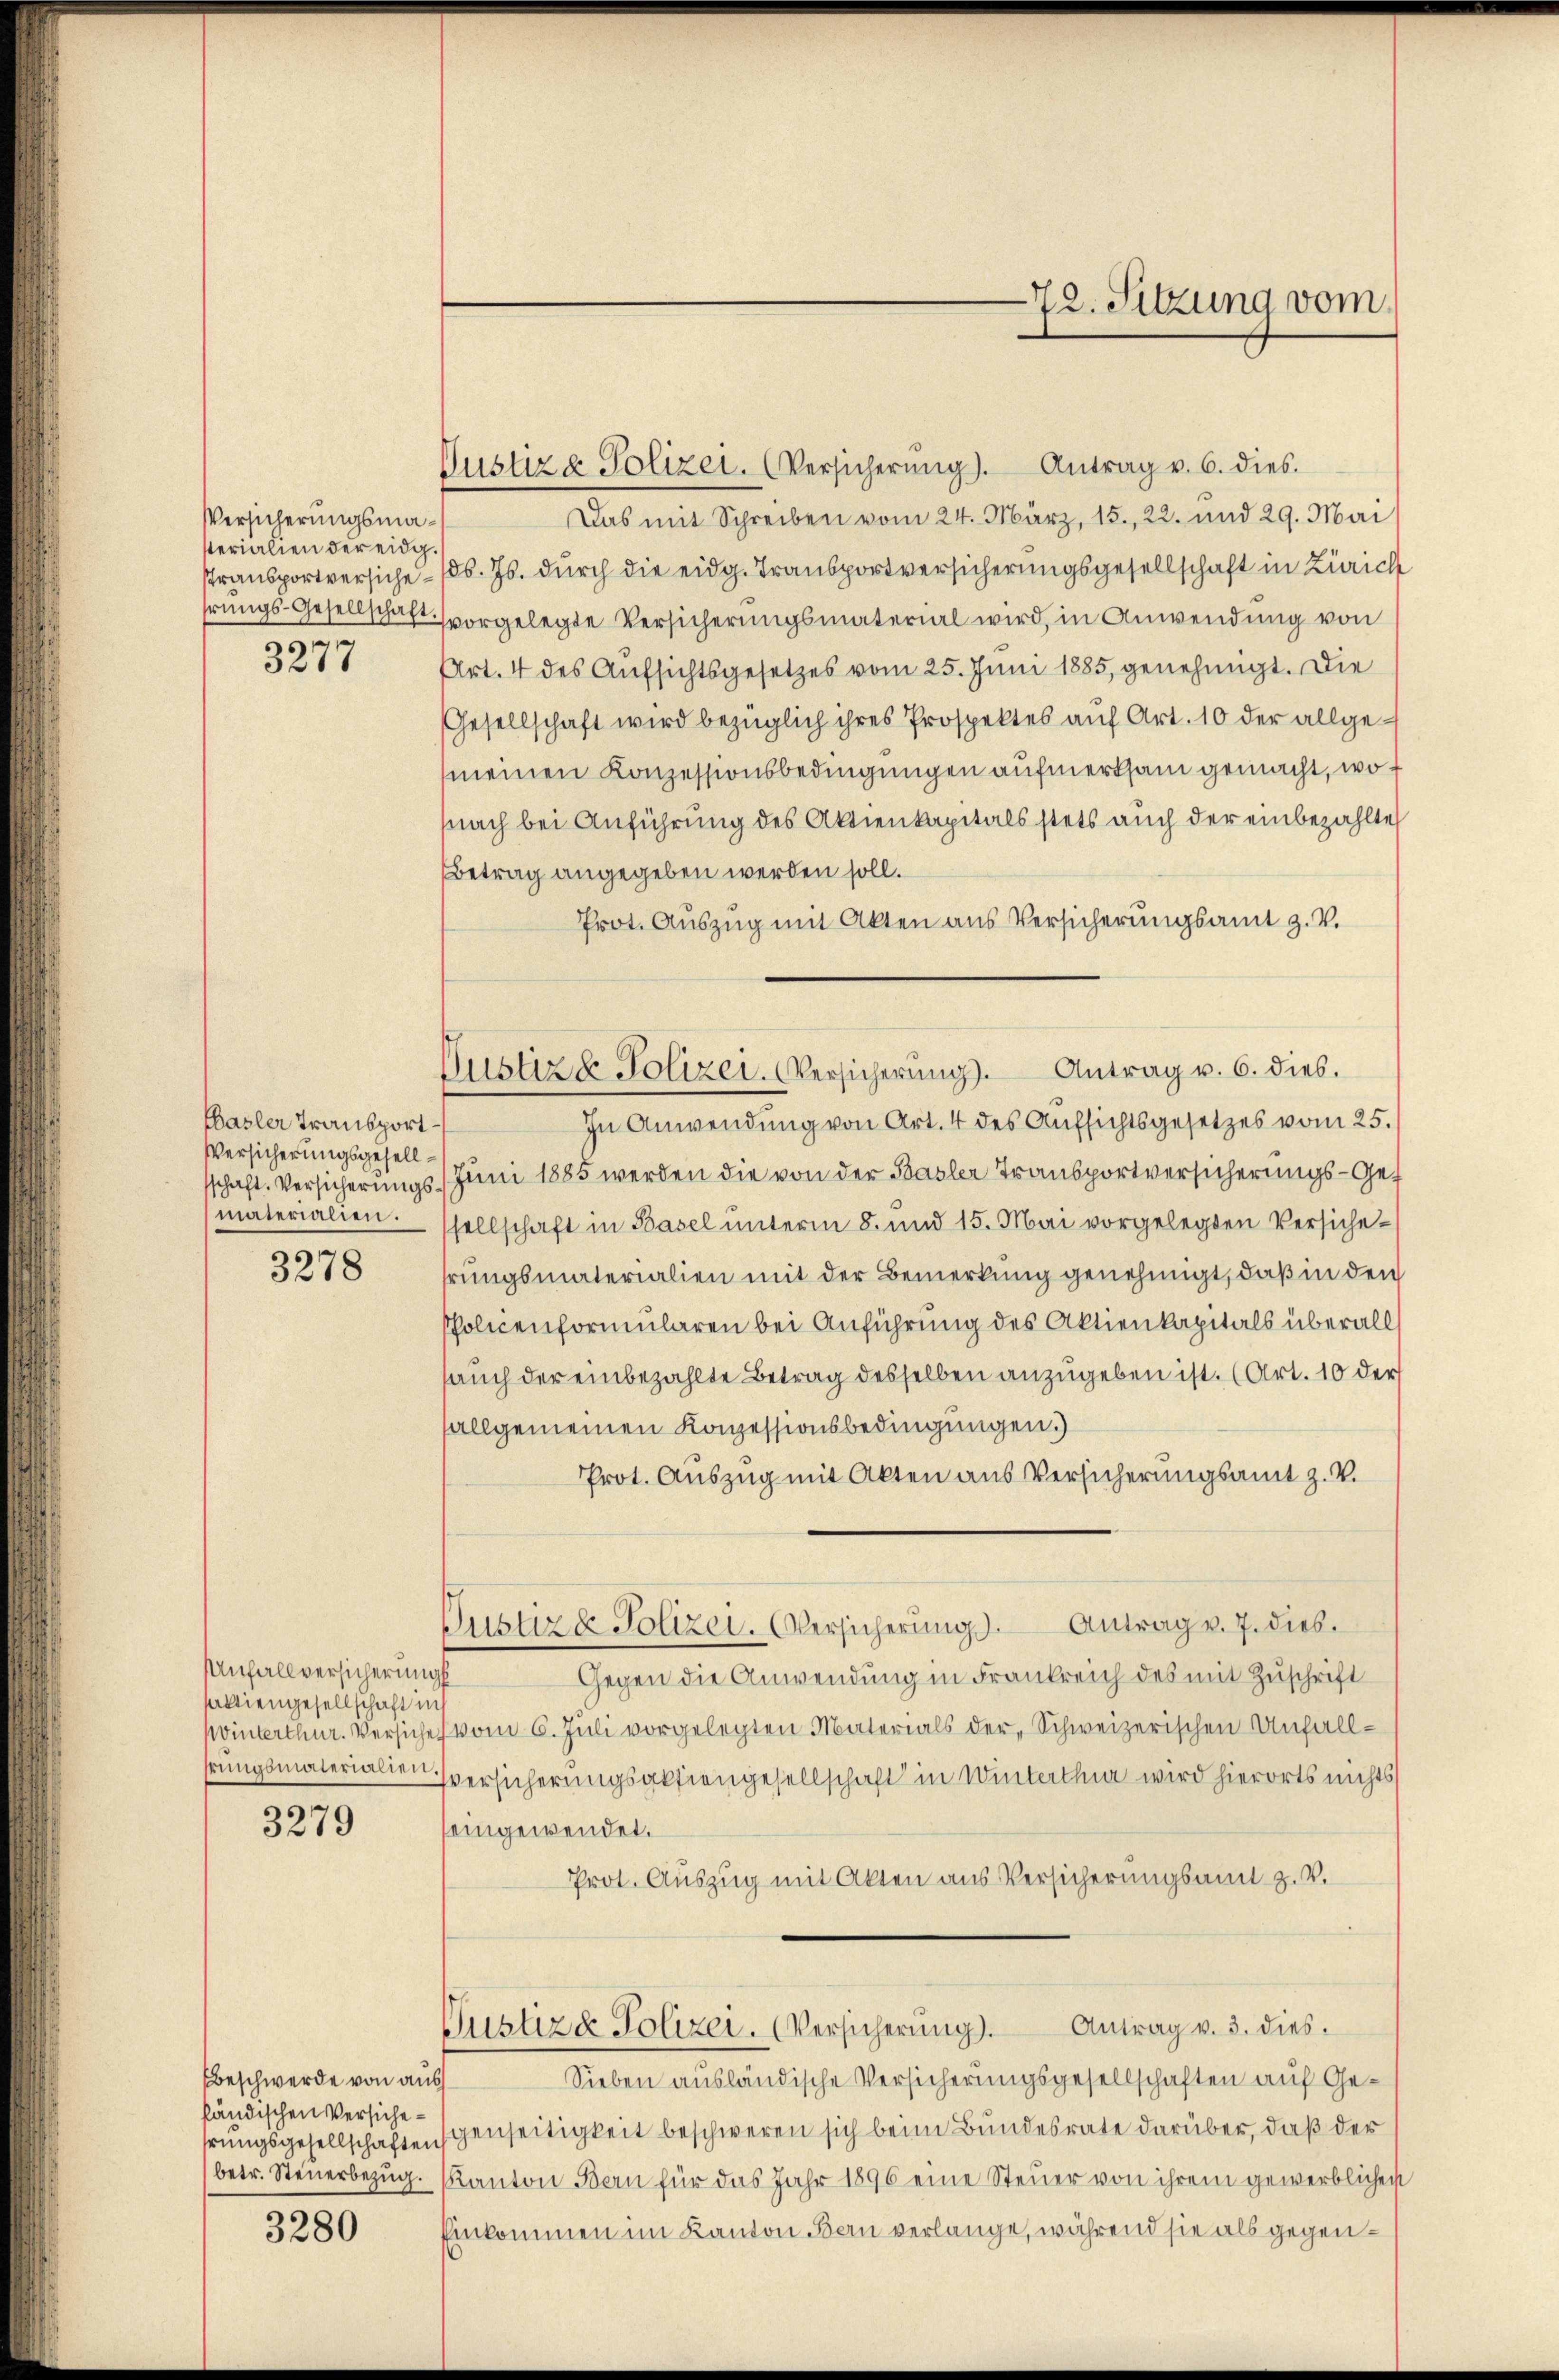
Versicherungsmasterialien der eidg.
9

3277

Hasler Transport
Versicherungsgesellmaterialien.

3278

Unfallversicherungs
saliengesellschaft ins

3279

Beschwerde von aus
fändischen Versiche¬

3280

Antrag v. 6. dies.
Justiz & Polizei. (Versicherung).
Das mit Schreiben vom 24. März, 15., 22. und 29. Mai
stransportversiche – 16. Js. durch die eidg. Transportversicherungsgesellschaft in Zürich
hrŭngs-Gesellschaft vorgelegte Versicherungsmaterial wird, in Anwendung von
Art. 4 des Aufsichtsgesetzes vom 25. Juni 1885, genehmigt. Die
Gesellschaft wird bezüglich ihres Prospektes auf Art. 10 der allgemeinen Konzessionsbedingungen aufmerksam gemacht, wof
nach bei Anführung des Aktienkapitals stets auch der einbezahlte
Betrag angegeben werden soll.
Prot. Auszug mit Akten aus Versicherungsamt z. V.
Antrag v. 6. dies.
In Anwendung von Art. 4 des Aufsichtsgesetzes vom 25.
sschaft. Versicherungs Juni 1885 werden die von der Basler Transportversicherungs-Gesellschaft in Basel unterm 8. und 15. Mai vorgelegten Versichehrungsmaterialien mit der Bemerkung genehmigt, daß in den
Policenformularen bei Anführung des Aktienkapitals überall
auch der einbezahlte Betrag desselben anzugeben ist. (Art. 10 der
allgemeinen Konzessionsbedingungen.)
Prot. Auszug mit Akten aus Versicherungsamt z. V.
Custiz & Polizei. Versicherŭng. Antrag v. 7. dies
Gegen die Anwendung in Frankreich des mit Zuschrift
Winterthur. Versiche vom 6. Juli vorgelegten Materials der Schweizerischen Anfallhrungsmaterialten versicherungsaktiengesellschaft in Wintertha wird hierorts nichts
seingewendet.
Prot. Auszug mit Akten aus Versicherungsamt z. V.
Justiz & Polizei. (Versicherŭng. Antrag v. 3. dies
Sieben ausländische Versicherungsgesellschaften auf Gehrungsgesellschaftengenseitigkeit beschweren sich beim Bundesrate darüber, daß der
betr. Steŭerbezŭg. Kanton Bern für das Jahr 1896 eine Steŭer von ihrem gewerblichen
Einkommen im Kanton Bern verlange, während sie als gegen¬

Justiz & Polizei- Versicherung.

72. Sitzung vom